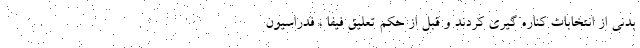
بدنی از انتخابات کناره گیری کردند و قبل از حکم تعلیق فیفا ، فدراسیون